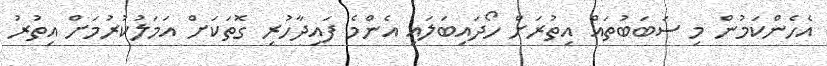
އެހެންކަމުން މި ސަބަބުތައް އިތުރަށް ހޯދައިބަލައި އެންމެ ފައިދާހުރި ގޮތަކަށް އަމަލުކުރުމަށް އިތުރު